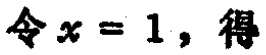
令\(x = 1\)，得